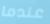
عندما